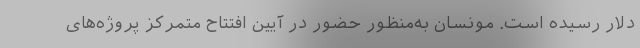
دلار رسیده است. مونسان به‌منظور حضور در آیین افتتاح متمرکز پروژه‌های